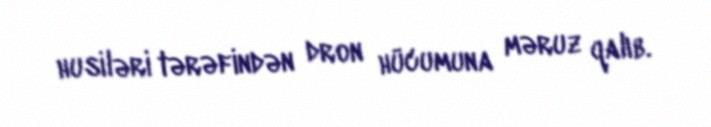
husiləri tərəfindən dron hücumuna məruz qalıb.